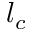
l _ { c }